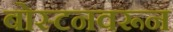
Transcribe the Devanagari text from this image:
बोस्टनवरून